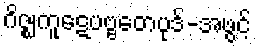
ဂိဇ္ဈကူဋေပဗ္ဗတေပုဒ်-အဖွင့်